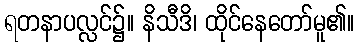
ရတနာပလ္လင်၌။ နိသီဒိ၊ ထိုင်နေတော်မူ၏။